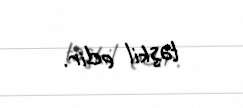
təşkil edir.